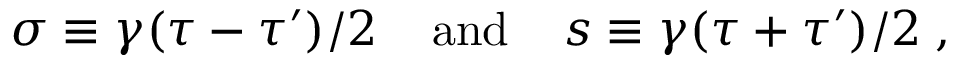
\sigma \equiv \gamma ( { \tau - \tau ^ { \prime } } ) / { 2 } \; \; \; \; \mathrm { a n d } \; \; \; \; s \equiv \gamma ( { \tau + \tau ^ { \prime } } ) / { 2 } \; ,